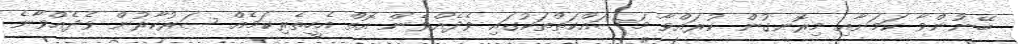
ބޭނުންވާ ކަމަށާއި މިރޮނގުން ކުރައްވާ މަސައްކަތްތަކުގައި ވެދެއްވެން އޮތް އެހީތެރިކަމެއް ސަރުކާރުން ވެދެއްވާނެ